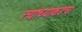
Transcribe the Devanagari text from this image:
त्यांच्याकडचा